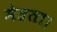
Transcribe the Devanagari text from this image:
मेहता।